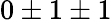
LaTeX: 0\pm 1\pm 1